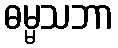
ဓမ္မသဘာ